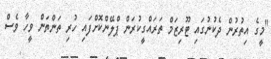
"މީގެ އިތުރުން ދެކުނުގައި ޓޫރިޒަމް ތަރައްގީކުރަން ޕްލޭންކޮށްފައި ހުރި ތަންތަން ވީހާ ވެސް